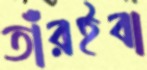
তাঁরইবা